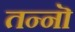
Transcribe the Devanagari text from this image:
तन्नॊ